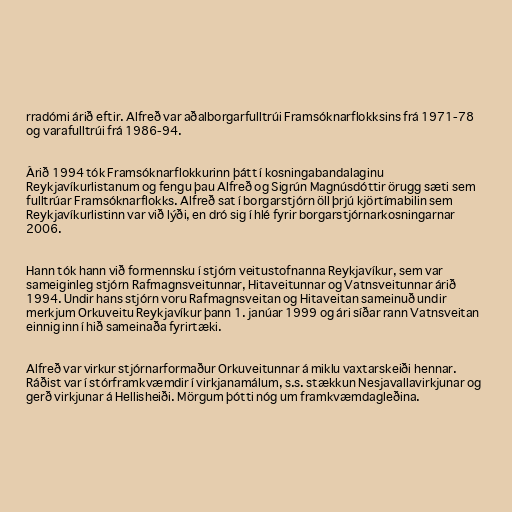
rradómi árið eftir. Alfreð var aðalborgarfulltrúi Framsóknarflokksins frá 1971-78
og varafulltrúi frá 1986-94.

Árið 1994 tók Framsóknarflokkurinn þátt í kosningabandalaginu
Reykjavíkurlistanum og fengu þau Alfreð og Sigrún Magnúsdóttir örugg sæti sem
fulltrúar Framsóknarflokks. Alfreð sat í borgarstjórn öll þrjú kjörtímabilin sem
Reykjavíkurlistinn var við lýði, en dró sig í hlé fyrir borgarstjórnarkosningarnar
2006.

Hann tók hann við formennsku í stjórn veitustofnanna Reykjavíkur, sem var
sameiginleg stjórn Rafmagnsveitunnar, Hitaveitunnar og Vatnsveitunnar árið
1994. Undir hans stjórn voru Rafmagnsveitan og Hitaveitan sameinuð undir
merkjum Orkuveitu Reykjavíkur þann 1. janúar 1999 og ári síðar rann Vatnsveitan
einnig inn í hið sameinaða fyrirtæki.

Alfreð var virkur stjórnarformaður Orkuveitunnar á miklu vaxtarskeiði hennar.
Ráðist var í stórframkvæmdir í virkjanamálum, s.s. stækkun Nesjavallavirkjunar og
gerð virkjunar á Hellisheiði. Mörgum þótti nóg um framkvæmdagleðina.